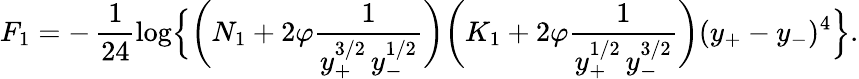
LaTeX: F_{1}=-\, \frac{1}{24}\log\Bigl\{ \biggl(N_{1}+2\varphi\frac{1}{y_{+}^{3/2}\, y_{-}^{1/2}}\biggr)\biggl(K_{1}+2\varphi\frac{1}{y_{+}^{1/2}\, y_{-}^{3/2}}\biggr)(y_{+}-y_{-})^{4}\Bigr\} .